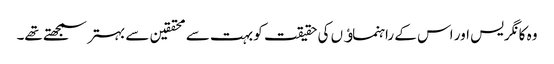
وہ کانگریس اور اس کے راہنماﺅں کی حقیقت کو بہت سے محققین سے بہتر سمجھتے تھے۔